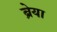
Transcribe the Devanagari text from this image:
ब्रेया